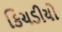
કિચડીયો